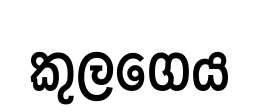
කුලගෙය